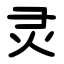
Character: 灵